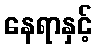
နေရာနှင့်